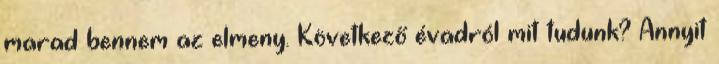
marad bennem az elmeny. Következő évadról mit tudunk? Annyit